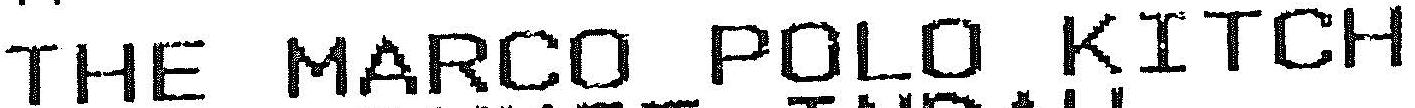
THE MARCO POLO KITCH